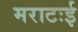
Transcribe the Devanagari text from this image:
मराटःई